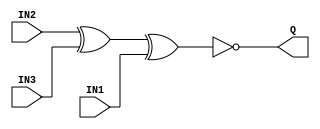
`timescale 1ns/1ps
`celldefine
module XNOR3X1 (IN1, IN2, IN3, Q);
input IN1;
input IN2;
input IN3;
output Q;

xnor U0 (Q, IN2, IN3, IN1);

specify
specparam
tdelay_IN1_Q_01_0=0.01,
tdelay_IN1_Q_10_0=0.01,
tdelay_IN2_Q_01_0=0.01,
tdelay_IN2_Q_10_0=0.01,
tdelay_IN3_Q_01_0=0.01,
tdelay_IN3_Q_10_0=0.01;

(IN1 => Q)=(tdelay_IN1_Q_01_0, tdelay_IN1_Q_10_0);
(IN2 => Q)=(tdelay_IN2_Q_01_0, tdelay_IN2_Q_10_0);
(IN3 => Q)=(tdelay_IN3_Q_01_0, tdelay_IN3_Q_10_0);
endspecify
endmodule
`endcelldefine